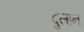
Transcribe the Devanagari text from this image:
दुल्‍हन